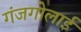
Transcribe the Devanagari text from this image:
गंजगोलाई